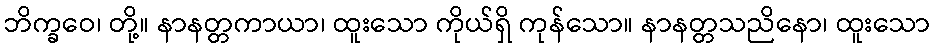
ဘိက္ခဝေ၊ တို့။ နာနတ္တကာယာ၊ ထူးသော ကိုယ်ရှိ ကုန်သော။ နာနတ္တသညိနော၊ ထူးသော